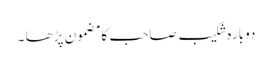
دوبارہ شکیب صاحب کا مضمون پڑھا ۔